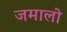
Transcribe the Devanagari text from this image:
जमालो